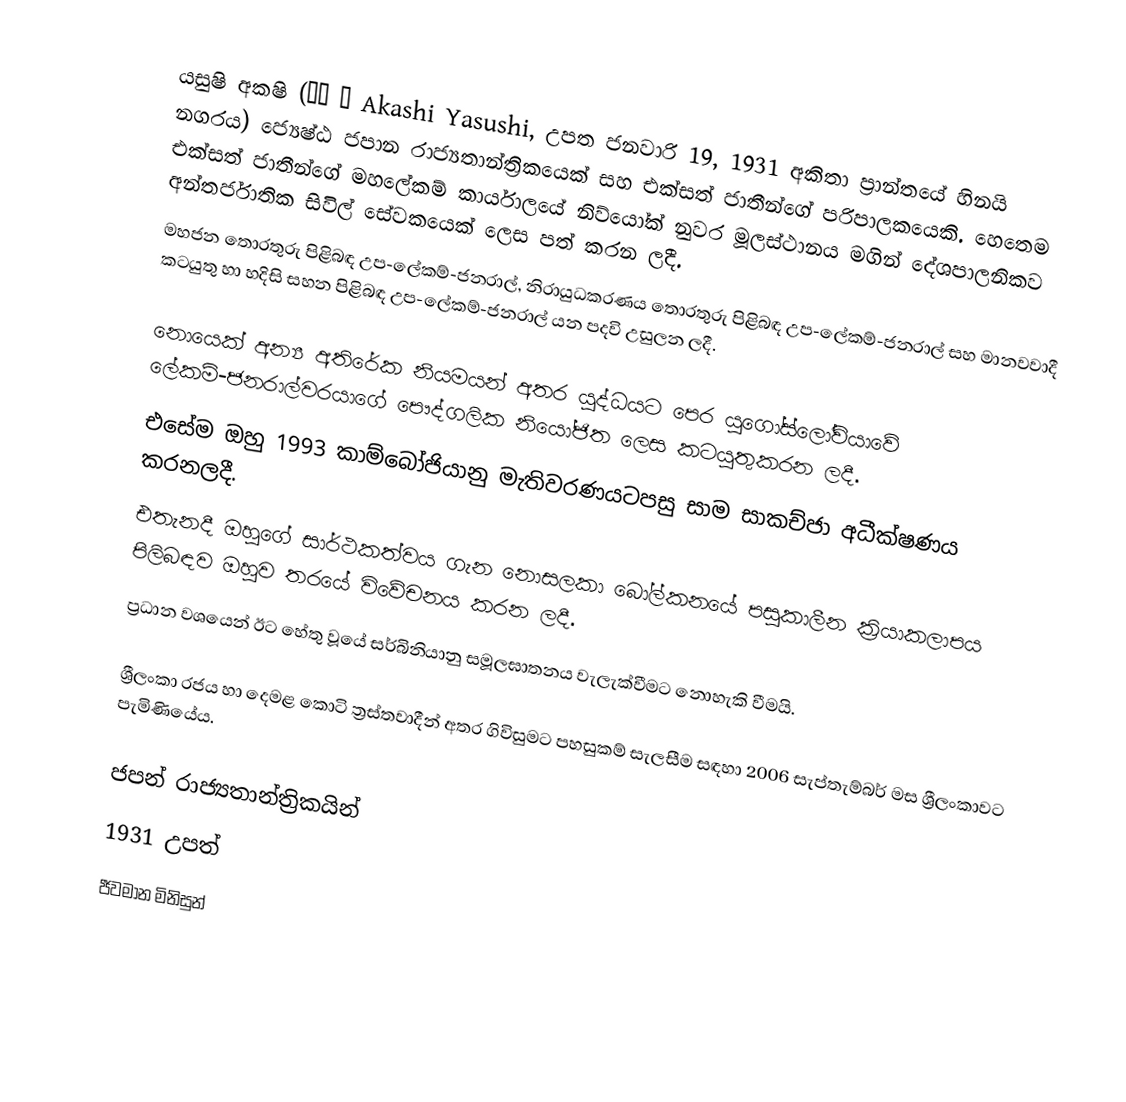
යසුෂි අකෂි (明石 康 Akashi Yasushi, උපත ජනවාරි 19, 1931 අකිතා ප්‍රාන්තයේ හිනයි නගරය)  ජ්‍යෙෂ්ඨ ජපාන රාජ්‍යතාන්ත්‍රිකයෙක් සහ එක්සත් ජාතීන්ගේ පරිපාලකයෙකි. හෙතෙම එක්සත් ජාතීන්ගේ මහලේකම් කාර්යාලයේ නිව්යෝක් නුවර මූලස්ථානය මගින් දේශපාලනිකව අන්තර්ජාතික සිවිල් සේවකයෙක් ලෙස පත් කරන ලදී.
මහජන තොරතුරු පිළිබඳ උප-ලේකම්-ජනරාල්, නිරායුධකරණය තොරතුරු පිළිබඳ උප-ලේකම්-ජනරාල් සහ  මානවවාදී කටයුතු හා හදිසි සහන පිළිබඳ උප-ලේකම්-ජනරාල් යන පදවි උසුලන ලදී.

නොයෙක් අන්‍ය අතිරේක නියමයන් අතර යුද්ධයට පෙර යුගෝස්ලෝවියාවේ ලේකම්-ජනරාල්වරයාගේ පෞද්ගලික නියෝජිත ලෙස කටයුතුකරන ලදී.
එසේම ඔහු  1993 කාම්බෝජියානු මැතිවරණයටපසු  සාම සාකච්ජා  අධීක්ෂණය කරනලදී.
එතැනදී ඔහුගේ සාර්ථකත්වය ගැන නොසලකා බෝල්කනයේ පසුකාලීන ක්‍රියාකලාපය පිලිබඳව ඔහුව තරයේ විවේචනය කරන ලදී.
ප්‍රධාන වශයෙන් ඊට හේතු වූයේ සර්බිනියානු සමූලඝාතනය වැලැක්වීමට නොහැකි වීමයි.

ශ්‍රීලංකා රජය හා දෙමළ කොටි ත්‍රස්තවාදීන් අතර ගිවිසුමට පහසුකම් සැලසීම සඳහා 2006 සැප්තැම්බර් මස ශ්‍රීලංකාවට පැමිණියේය.

ජපන් රාජ්‍යතාන්ත්‍රිකයින්
1931 උපත්
ජීවමාන මිනිසුන්